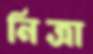
নিত্রা